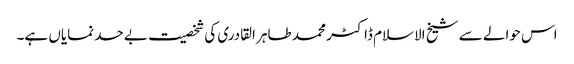
اس حوالے سے شیخ الاسلام ڈاکٹر محمد طاہر القادری کی شخصیت بے حد نمایاں ہے۔